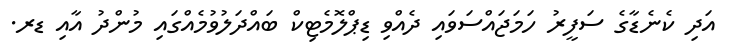
އަދި ކެނެޑާގެ ސަފީރު ހަމަޖައްސަވައި ދެއްވި ޑިޕްލޮމެޓިކް ބައްދަލުވުމެއްގައި މުންދު އާއި ޑރ.